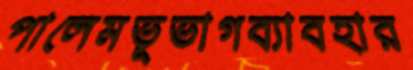
পালেমভূভাগব্যাবহার